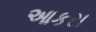
આકરા